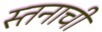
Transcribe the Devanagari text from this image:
स्तनाची